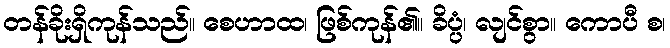
တန်ခိုးရှိကုန်သည်။ စေဟာထ၊ ဖြစ်ကုန်၏။ ခိပ္ပံ၊ လျင်စွာ။ ကောပီ စ၊